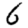
Digit: 6